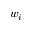
w _ { i }